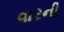
વારની